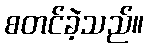
စတင်ခဲ့သည်။